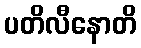
ပတိလီနောတိ